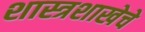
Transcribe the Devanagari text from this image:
शास्त्रशाखेचे